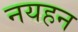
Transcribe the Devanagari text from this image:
नयहन